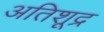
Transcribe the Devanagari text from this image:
अतिशूद्र